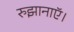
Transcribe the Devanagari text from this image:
रुझानाऍ।